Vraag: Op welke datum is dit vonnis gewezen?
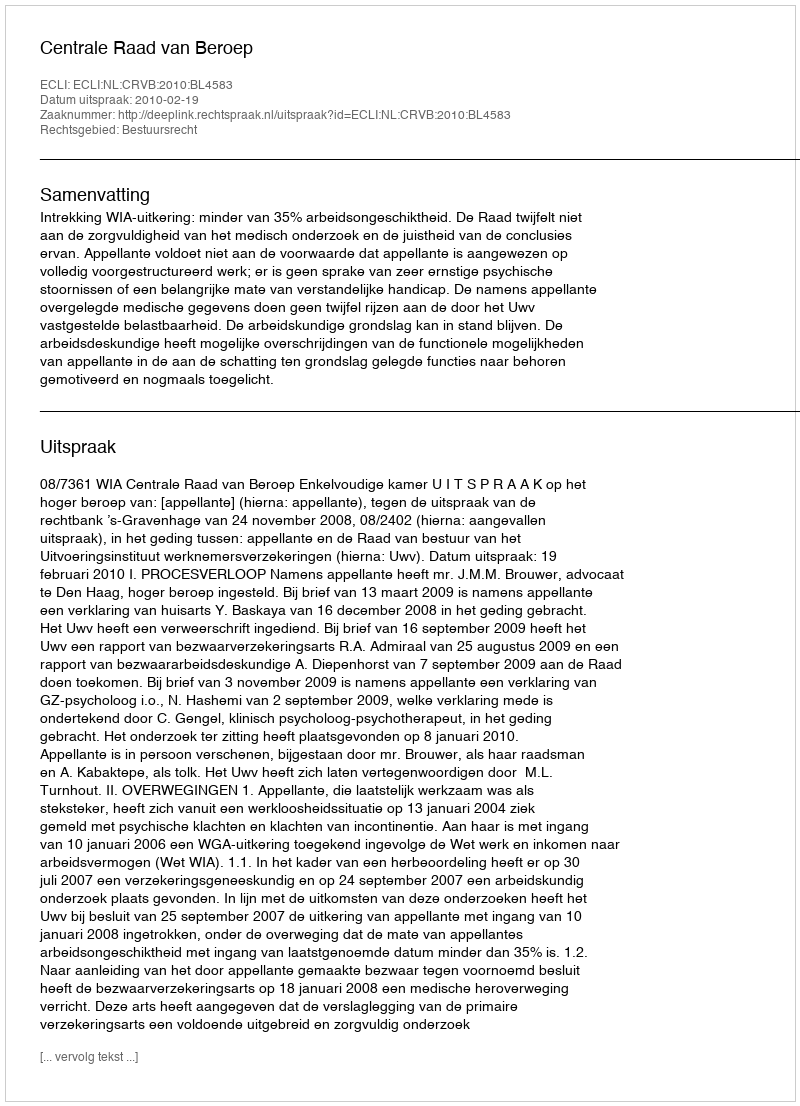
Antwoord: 2010-02-19